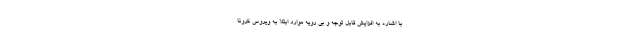
با اشاره به افزایش قابل توجه و بی رویه موارد ابتلا به ویروس کرونا